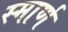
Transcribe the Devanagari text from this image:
स्मार्ण